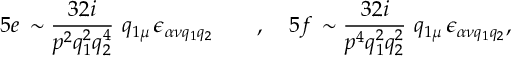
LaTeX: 5 e \, \sim \frac { 3 2 i } { p ^ { 2 } q _ { 1 } ^ { 2 } q _ { 2 } ^ { 4 } } \ q _ { 1 \mu } \, \epsilon _ { \alpha \nu q _ { 1 } q _ { 2 } } \qquad , \quad 5 f \, \sim \frac { 3 2 i } { p ^ { 4 } q _ { 1 } ^ { 2 } q _ { 2 } ^ { 2 } } \ q _ { 1 \mu } \, \epsilon _ { \alpha \nu q _ { 1 } q _ { 2 } } , \nonumber \,